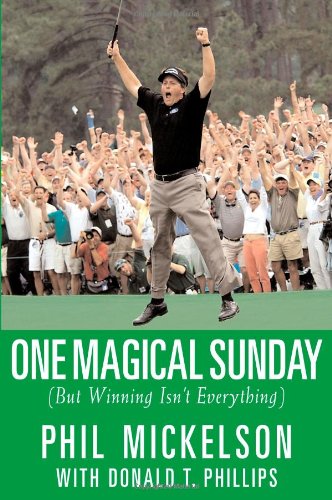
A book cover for One Magical Sunday: (But Winning Isn't Everything); Phil Mickelson; Biographies & Memoirs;